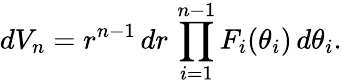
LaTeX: dV_{n}=r^{n-1}\, dr\, \prod_{i=1}^{n-1}F_{i}(\theta_{i})\, d\theta_{i}.